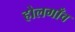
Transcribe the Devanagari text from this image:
होलगाँव